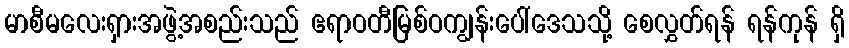
မာစီမလေးရှားအဖွဲ့အစည်းသည် ဧရာဝတီမြစ်ဝကျွန်းပေါ်ဒေသသို့ စေလွှတ်ရန် ရန်ကုန် ရှိ